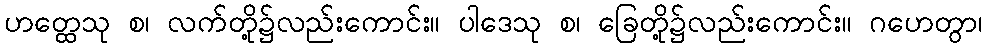
ဟတ္ထေသု စ၊ လက်တို့၌လည်းကောင်း။ ပါဒေသု စ၊ ခြေတို့၌လည်းကောင်း။ ဂဟေတွာ၊